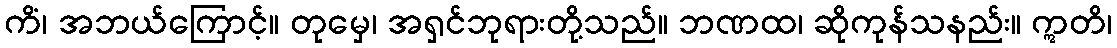
ကိံ၊ အဘယ်ကြောင့်။ တုမှေ၊ အရှင်ဘုရားတို့သည်။ ဘဏထ၊ ဆိုကုန်သနည်း။ ဣတိ၊